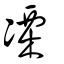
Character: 凓